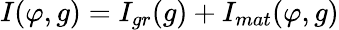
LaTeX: I(\varphi,g)=I_{gr}(g)+I_{mat}(\varphi,g)